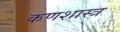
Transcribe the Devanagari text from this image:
कणशास्त्र